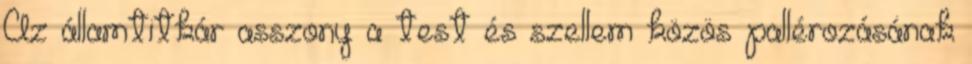
Az államtitkár asszony a test és szellem közös pallérozásának